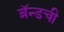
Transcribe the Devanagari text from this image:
ब्रॅन्डची